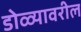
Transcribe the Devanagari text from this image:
डोळ्यावरील